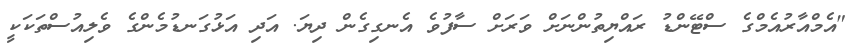
"އެމްއާރުއެމްގެ ސްޓޭންޑު ރައްޔިތުންނަށް ވަރަށް ސާފުވެ އެނގިގެން ދިޔަ. އަދި އަޅުގަނޑުމެންގެ ވެލިއުސްތަކަކީ